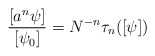
\begin{align*}{[a^n\psi]\over [\psi_0]} = N^{-n} \tau_n([\psi])\end{align*}